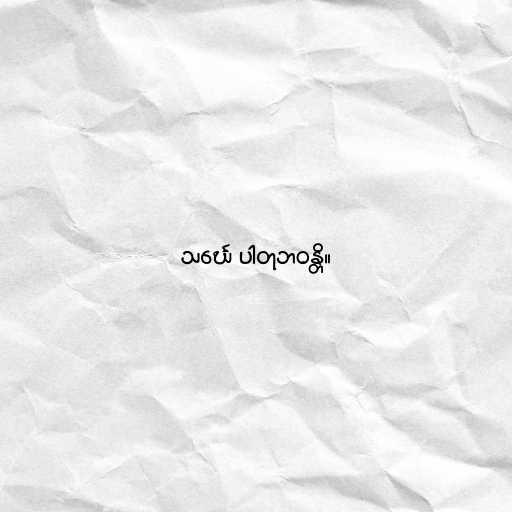
သင်္ဃေ ပါတုဘဝန္တိ။